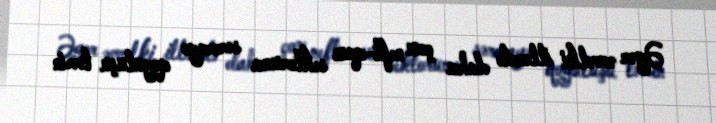
Əgər əvvəlki illərdə daha çox neft-qaz sektoruna sərmayə qoyuluşu təmin